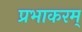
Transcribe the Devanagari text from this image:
प्रभाकरम्